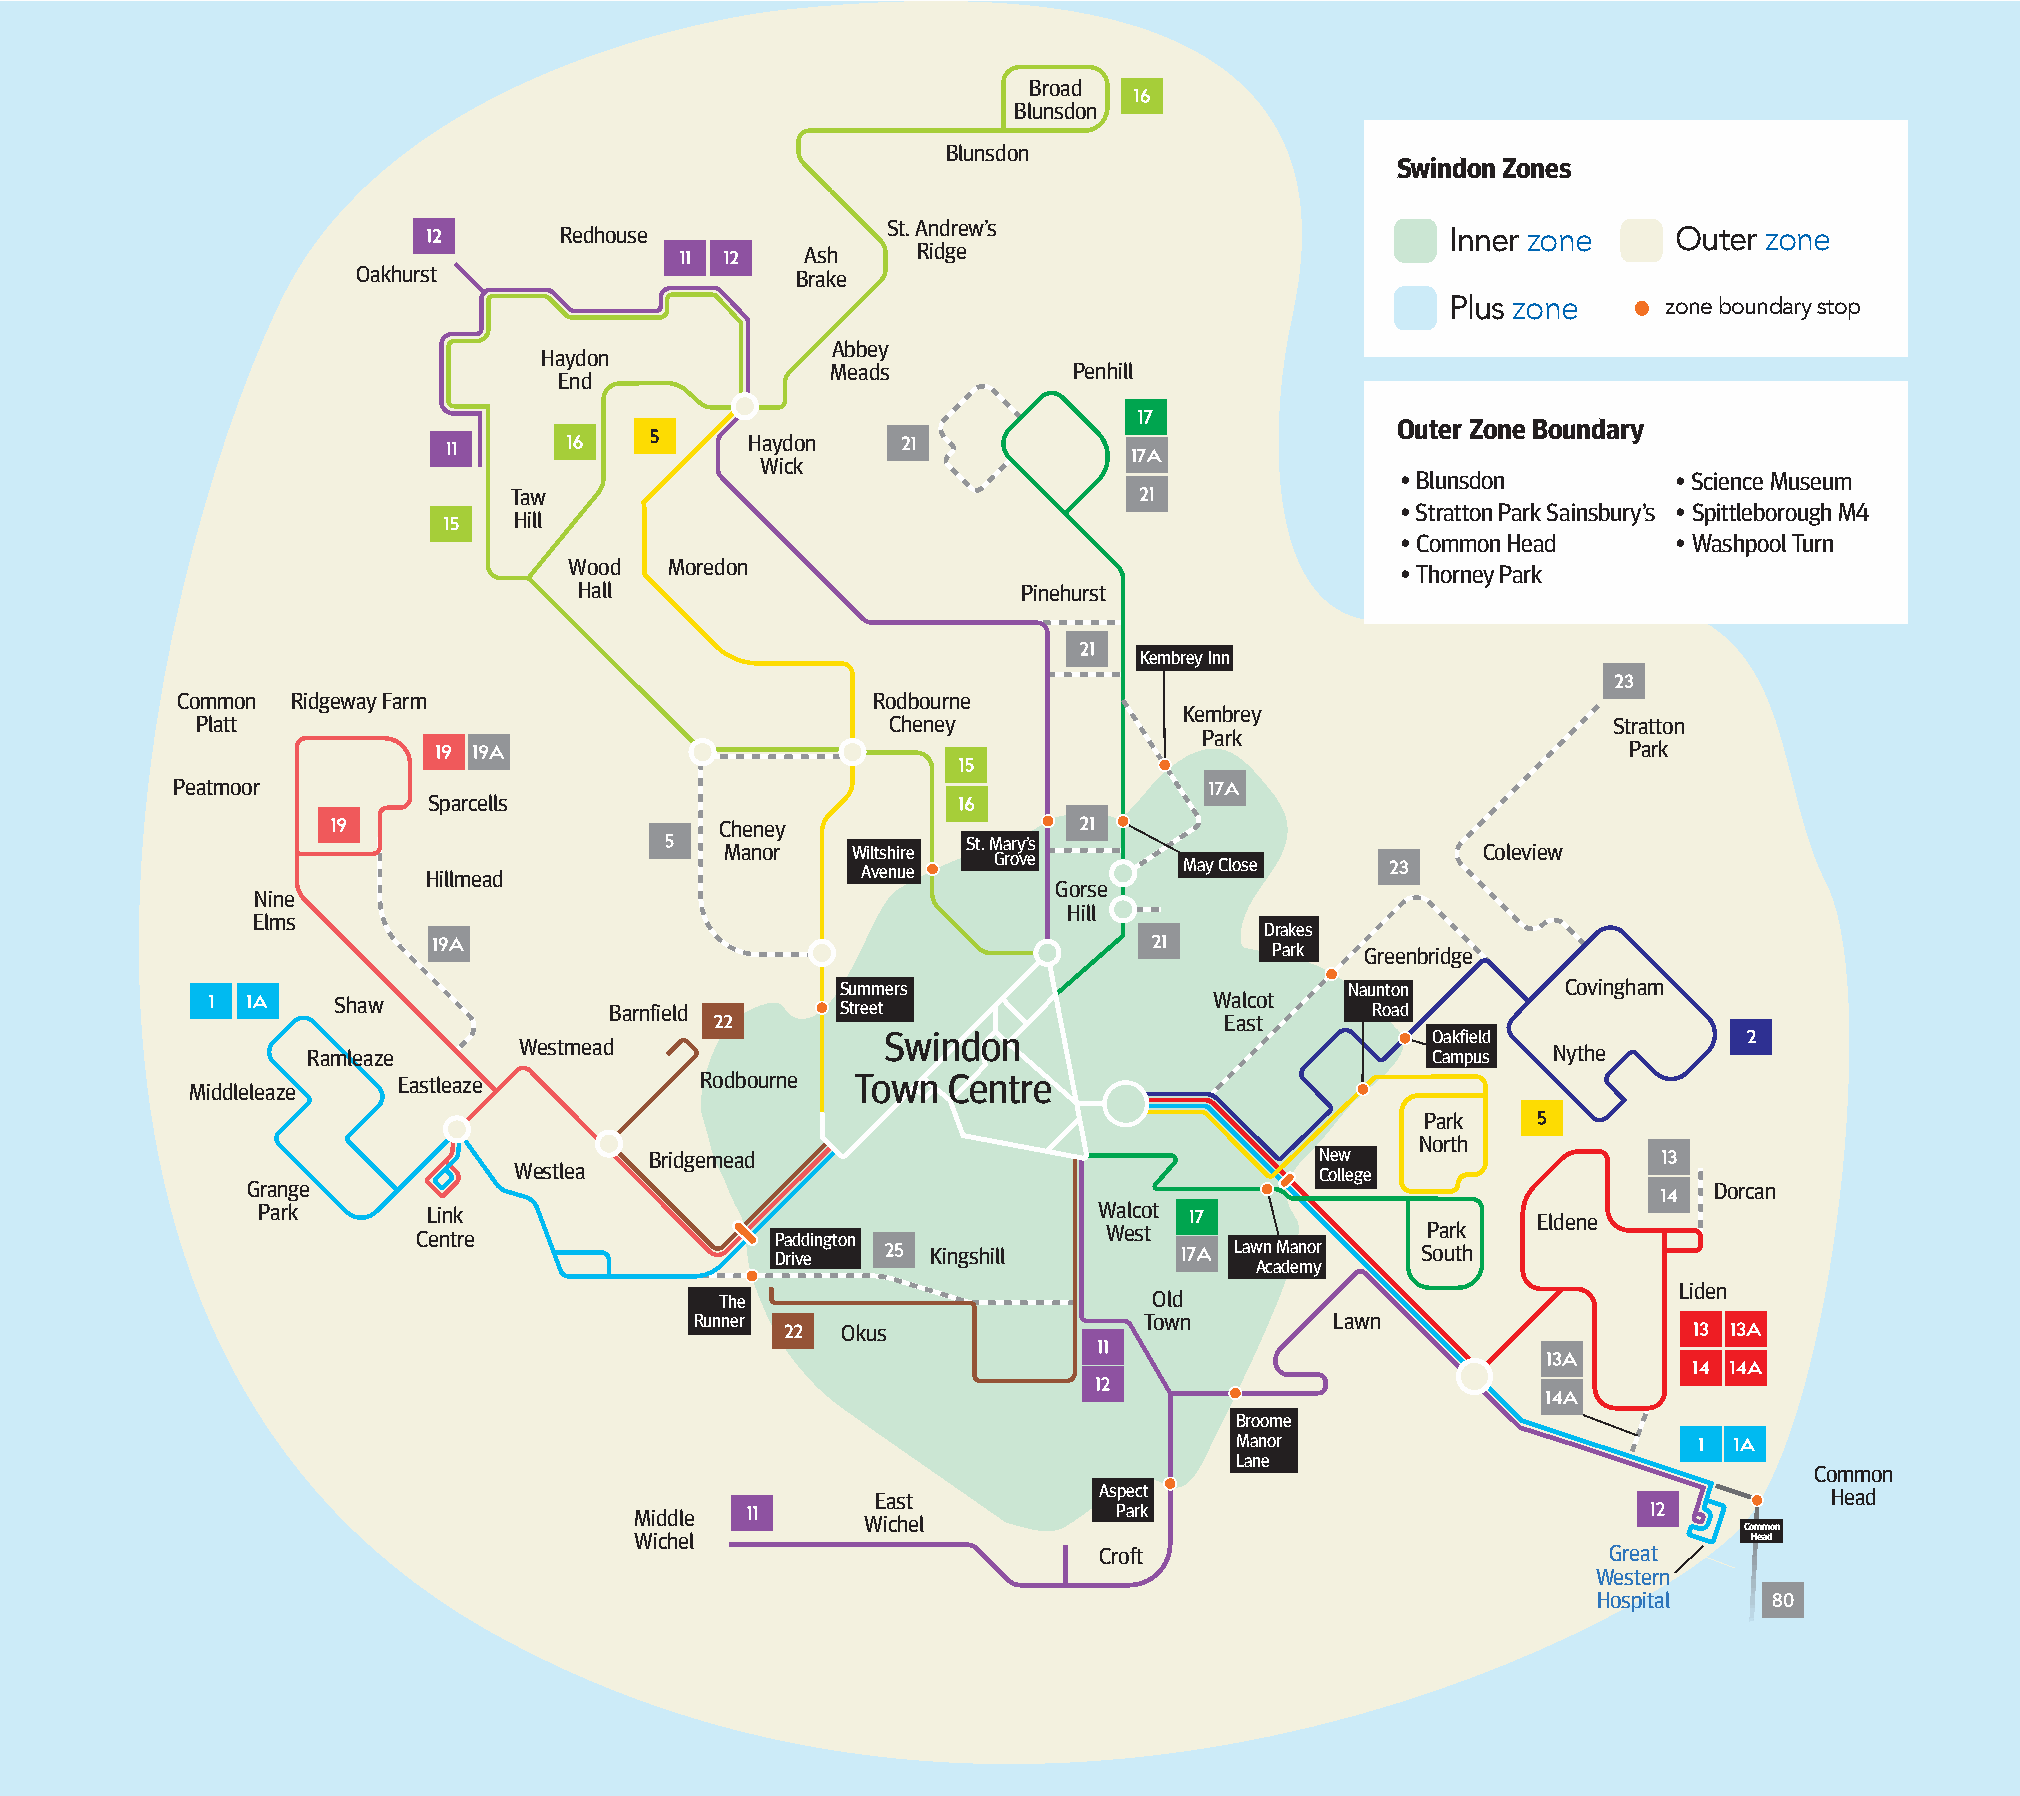
Broad
 Blunsdon
 Blunsdon
 Swindon Zones
 St. Andrew’s
 Redhouse                                                   Inner zone     Outer zone
 Ash     Ridge
 Oakhurst                     Brake
 Plus zone     zone boundary stop
 Abbey
 Haydon
 Meads           Penhill
 End
 Outer Zone Boundary
 Haydon
 Wick
 • Blunsdon        • Science Museum
 Taw
 • Stratton Park Sainsbury’s • Spittleborough M4
 Hill
 • Common Head     • Washpool Turn
 Wood  Moredon
 • Thorney Park
 Hall                          Pinehurst
 Kembrey Inn
 Common Ridgeway Farm                          Rodbourne
 Kembrey
 Platt                                         Cheney                                          Stratton
 Park
 Park
 Peatmoor
 Sparcells
 Cheney
 St. Mary’s
 Manor   Wiltshire                                 Coleview
 Grove       May Close
 Hillmead                     Avenue
 Gorse
 Nine
 Hill
 Elms
 Drakes
 Park  Greenbridge
 Summers                          Naunton        Covingham
 Shaw              Barnfield       Street                  Walcot     Road
 East
 Swindon                             Oakfield
 Westmead
 Ramleaze                                                                   Campus  Nythe
 Eastleaze           Rodbourne  Town  Centre
 Middleleaze
 Park
 North
 Bridgemead                                  New
 Westlea                                              College
 Grange                                                                                           Dorcan
 Park       Link                                         Walcot
 Eldene
 Centre                 Paddington            West                 Park
 Drive      Kingshill           Lawn Manor  South
 Academy
 Liden
 The                         Old
 Runner                        Town        Lawn
 Okus
 Broome
 Manor
 Lane
 Common
 East           Aspect                                          Head
 Middle                          Park
 Wichel
 Common
 Wichel                                                                    Head
 Croft                             Great
 Western
 Hospital
 80